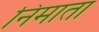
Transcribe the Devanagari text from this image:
निमाता